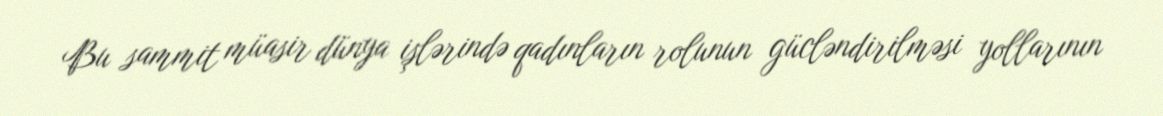
Bu sammit müasir dünya işlərində qadınların rolunun gücləndirilməsi yollarının